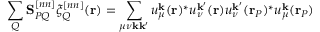
\sum _ { Q } \mathbf S _ { P Q } ^ { [ n n ] } \xi _ { Q } ^ { [ n n ] } ( \mathbf { r } ) = \sum _ { \mu \nu \mathbf { k } \mathbf { k } ^ { \prime } } u _ { \mu } ^ { \mathbf { k } } ( \mathbf { r } ) ^ { * } u _ { \nu } ^ { \mathbf { k } ^ { \prime } } ( \mathbf { r } ) u _ { \nu } ^ { \mathbf { k } ^ { \prime } } ( \mathbf { r } _ { P } ) ^ { * } u _ { \mu } ^ { \mathbf { k } } ( \mathbf { r } _ { P } )